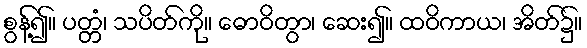
စွန့်၍။ ပတ္တံ၊ သပိတ်ကို။ ဓောဝိတွာ၊ ဆေး၍။ ထဝိကာယ၊ အိတ်၌။